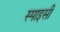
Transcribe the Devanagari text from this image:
स्पाइसी